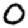
Digit: 0